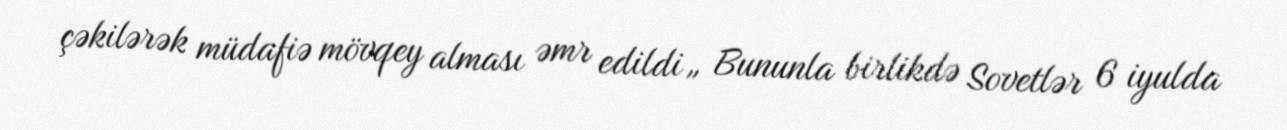
çəkilərək müdafiə mövqey alması əmr edildi„ Bununla birlikdə Sovetlər 6 iyulda